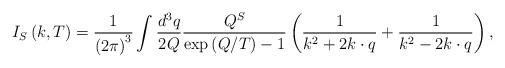
LaTeX: \begin{align*}I_S\left( k,T\right) =\frac 1{\left( 2\pi \right) ^3}\int\frac{d^3q}{2Q}\frac{Q^S}{\exp \left( Q/T\right) -1}\left( \frac 1{k^2+2k\cdot q}+ \frac 1{k^2-2k\cdot q}\right) ,\end{align*}